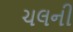
ચલની